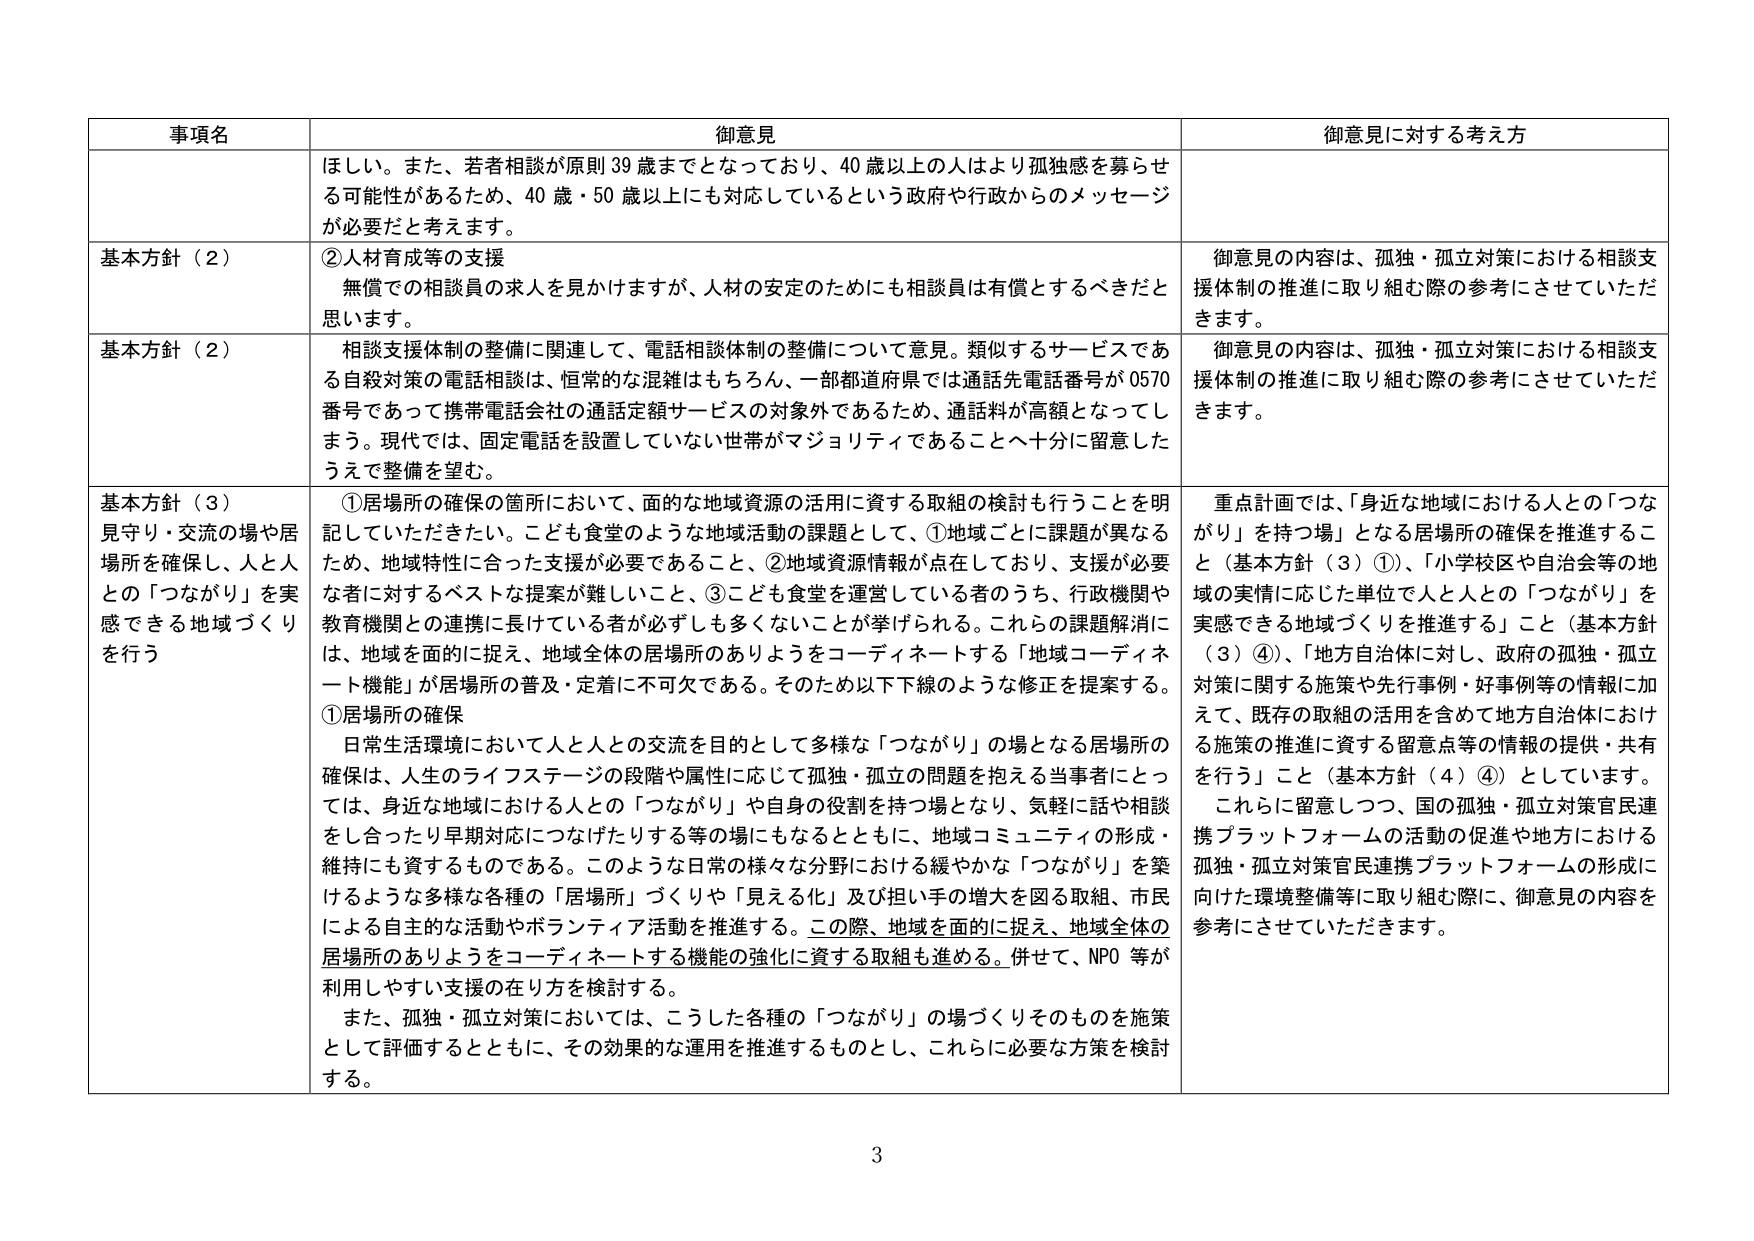
事項名 御意見 御意見に対する考え方
ほしい。また、若者相談が原則39歳までとなっており、40歳以上の人はより孤独感を募らせ る可能性があるため、40歳・50歳以上にも対応しているという政府や行政からのメッセージ が必要だと考えます。
基本方針（2） ②人材育成等の支援 無償での相談員の求人を見かけますが、人材の安定のためにも相談員は有償とするべきだと 思います。 御意見の内容は、孤独・孤立対策における相談支 援体制の推進に取り組む際の参考にさせていただ きます。
基本方針（2） 相談支援体制の整備に関連して、電話相談体制の整備について意見。類似するサービスであ る自殺対策の電話相談は、恒常的な混雑はもちろん、一部都道府県では通話先電話番号が0570 番号であって携帯電話会社の通話定額サービスの対象外であるため、通話料が高額となってし まう。現代では、固定電話を設置していない世帯がマジョリティであることへ十分に留意した うえで整備を望む。 御意見の内容は、孤独・孤立対策における相談支 援体制の推進に取り組む際の参考にさせていただ きます。
基本方針（3） 見守り・交流の場や居 場所を確保し、人と人 との「つながり」を実 感できる地域づくり を行う ①居場所の確保の箇所において、面的な地域資源の活用に資する取組の検討も行うことを明 記していただきたい。こども食堂のような地域活動の課題として、①地域ごとに課題が異なる ため、地域特性に合った支援が必要であること、②地域資源情報が点在しており、支援が必要 な者に対するベストな提案が難しいこと、③こども食堂を運営している者のうち、行政機関や 教育機関との連携に長けている者が必ずしも多くないことが挙げられる。これらの課題解消に は、地域を面的に捉え、地域全体の居場所のありようをコーディネートする「地域コーディネ ート機能」が居場所の普及・定着に不可欠である。そのため以下下線のような修正を提案する。 ①居場所の確保 日常生活環境において人と人との交流を目的として多様な「つながり」の場となる居場所の 確保は、人生のライフステージの段階や属性に応じて孤独・孤立の問題を抱える当事者にとっ ては、身近な地域における人との「つながり」や自身の役割を持つ場となり、気軽に話や相談 をし合ったり早期対応につなげたりする等の場にもなるとともに、地域コミュニティの形成・ 維持にも資するものである。このような日常の様々な分野における緩やかな「つながり」を築 けるような多様な各種の「居場所」づくりや「見える化」及び担い手の増大を図る取組、市民 による自主的な活動やボランティア活動を推進する。この際、地域を面的に捉え、地域全体の 居場所のありようをコーディネートする機能の強化に資する取組も進める。併せて、NPO等が 利用しやすい支援の在り方を検討する。 また、孤独・孤立対策においては、こうした各種の「つながり」の場づくりそのものを施策 として評価するとともに、その効果的な運用を推進するものとし、これらに必要な方策を検討 する。 重点計画では、「身近な地域における人との「つな がり」を持つ場」となる居場所の確保を推進するこ と（基本方針（3）①）、「小学校区や自治会等の地 域の実情に応じた単位で人と人との「つながり」を 実感できる地域づくりを推進する」こと（基本方針 （3）④）、「地方自治体に対し、政府の孤独・孤立 対策に関する施策や先行事例・好事例等の情報に加 えて、既存の取組の活用を含めて地方自治体におけ る施策の推進に資する留意点等の情報の提供・共有 を行う」こと（基本方針（4）④）としています。 これらに留意しつつ、国の孤独・孤立対策官民連 携プラットフォームの活動の促進や地方における 孤独・孤立対策官民連携プラットフォームの形成に 向けた環境整備等に取り組む際に、御意見の内容を 参考にさせていただきます。
3